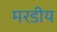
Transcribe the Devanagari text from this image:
मरडीय